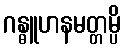
ဂန္ဓူဟနမတ္တမ္ပိ